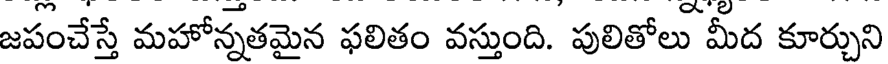
జపంచేస్తే మహోన్నతమైన ఫలితం వస్తుంది. పులితోలు మీద కూర్చుని